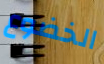
الخضوع